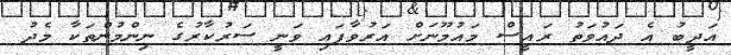
އަދީބު އެ ދައުވަތު ރައީސް މައުމޫނަށް އަރުވާފައި ވަނީ ސަރުކާރުގެ ނިންމުންތަކާ މެދު